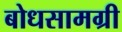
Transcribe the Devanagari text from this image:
बोधसामग्री